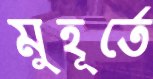
মুহূর্তে